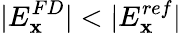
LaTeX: |E_{\mathbf{x}}^{FD}|<|E_{\mathbf{x}}^{ref}|